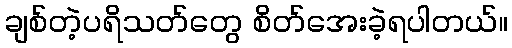
ချစ်တဲ့ပရိသတ်တွေ စိတ်အေးခဲ့ရပါတယ်။